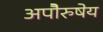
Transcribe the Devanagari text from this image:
अपाेेैरुषेय